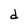
Character: d